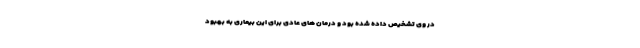
در وی تشخیص داده شده بود و درمان های عادی برای این بیماری به بهبود